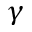
\gamma